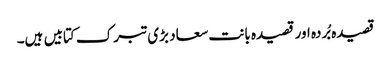
قصیدہ بُردہ اور قصیدہ بانت سعاد بڑی تبرک کتابیں ہیں۔